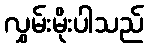
လွှမ်းမိုးပါသည်